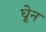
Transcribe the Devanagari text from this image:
घेून